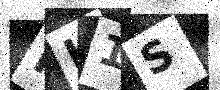
Text: FH1S